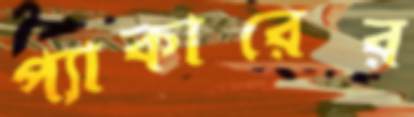
প্যাকারের